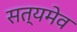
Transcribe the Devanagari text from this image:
सत्‍यमेव